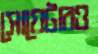
সোয়েটারও